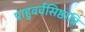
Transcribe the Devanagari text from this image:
प्राहुवर्वसिष्ठात्रि